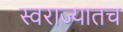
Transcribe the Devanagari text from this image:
स्वराज्यातच